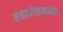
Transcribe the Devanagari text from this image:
संवादलेखनाबद्दल